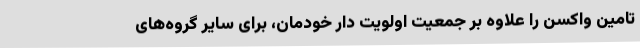
تامین واکسن را علاوه بر جمعیت اولویت ‌دار خودمان، برای سایر گروه‌های